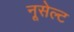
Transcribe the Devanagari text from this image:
नूसेल्ट